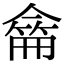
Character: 𠎚